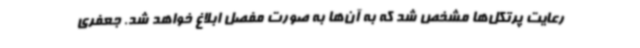
رعایت پرتکل‌ها مشخص شد که به آن‌ها به صورت مفصل ابلاغ خواهد شد. جعفری